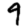
Digit: 9